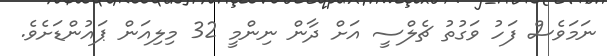
ނަމަވެސް ފަހު ވަގުތު ޗެލްސީ އަށް ދާން ނިންމީ 32 މިލިއަން ޕައުންޑަށެވެ.